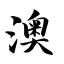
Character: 澳